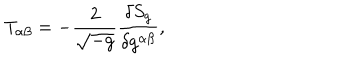
LaTeX: T _ { \alpha \beta } = - { \frac { 2 } { \sqrt { - g } } } { \frac { \delta S _ { g } } { \delta g ^ { \alpha \beta } } } ,